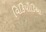
વિકિપીડિઆ